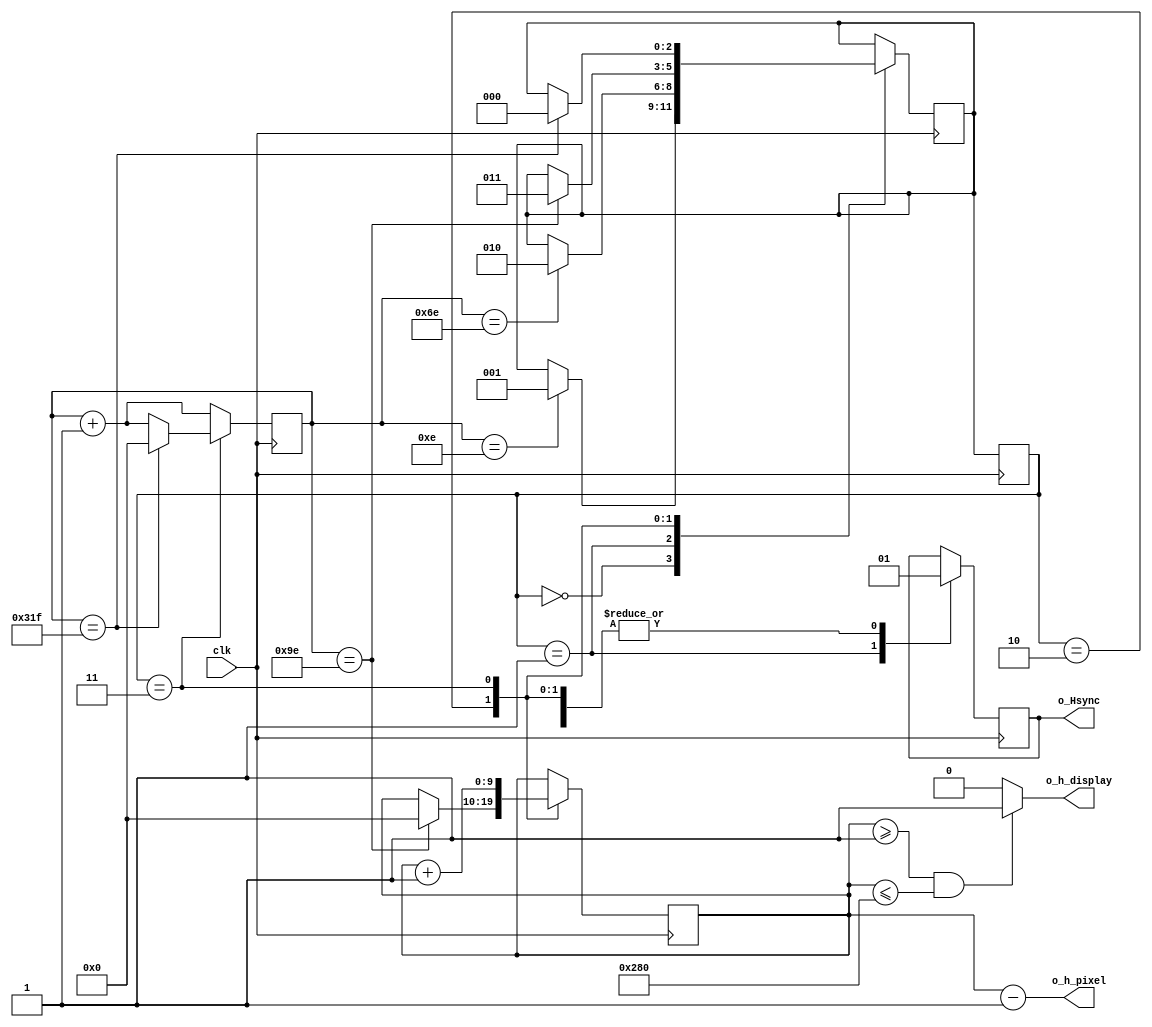
module horizontal_counter #( 
    parameter
        HSYNC_CLKS = 800,
        HSYNC_DISPLAY = 640,
        HSYNC_PULSE = 96,
        HSYNC_FRONT_PORCH = 16,
        HSYNC_BACK_PORCH = 48
    )(
        input clk,
        output o_Hsync,
        output o_h_display,
        output [9:0] o_h_pixel
        );
//----------Internal registers, constants and wariables-----
reg hsync_reg = 1'b1;
reg [9:0] counter_reg = 'h0;
reg [9:0] counter_pixel_reg = 'h0;
reg [2:0] r_state=HS_FRONT_PORCH, r_next=HS_FRONT_PORCH;
localparam [2:0]        HS_FRONT_PORCH  = 'h0,
                        HS_PULSE        = 'h1,
                        HS_BACK_PORCH   = 'h2,
                        HS_DISPLAY      = 'h3;

//---------state register sequential always block-----------
always @(posedge clk ) begin
        r_state <= r_next; 
end
//----next state & outputs, combinational always block------


always@(posedge clk) begin
  counter_reg <= counter_reg + 1;

    case (r_state)
      HS_FRONT_PORCH: begin
        hsync_reg <= 1'b1;
        if(counter_reg ==   HSYNC_FRONT_PORCH - 2)
            r_next <= HS_PULSE;
      end
      HS_PULSE:begin
        hsync_reg <= 1'b0;
        if(counter_reg ==   HSYNC_FRONT_PORCH +
                            HSYNC_PULSE - 2)
            r_next <= HS_BACK_PORCH;
      end
      HS_BACK_PORCH:begin
        hsync_reg <= 1'b1;
        if(counter_reg ==   HSYNC_FRONT_PORCH +
                            HSYNC_PULSE +
                            HSYNC_BACK_PORCH - 2) begin
            r_next <= HS_DISPLAY;
            counter_pixel_reg <= 'h0;
            end
      end
      HS_DISPLAY:begin
        hsync_reg <= 1'b1;
        counter_pixel_reg <= counter_pixel_reg + 1;
        if(counter_reg ==   HSYNC_FRONT_PORCH +
                            HSYNC_PULSE +
                            HSYNC_BACK_PORCH +
                            HSYNC_DISPLAY - 1) begin
            r_next <= HS_FRONT_PORCH;
            counter_reg <= 'h0;
        end
      end
    endcase
end

assign o_Hsync = hsync_reg;
assign o_h_display = (counter_pixel_reg >= 1 && counter_pixel_reg <= HSYNC_DISPLAY) ? 1'b1 : 1'b0 ;
assign o_h_pixel = counter_pixel_reg - 1 ;

endmodule